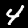
Digit: 4